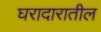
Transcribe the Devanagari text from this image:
घरादारातील